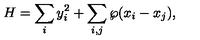
H = \sum _ { i } y _ { i } ^ { 2 } + \sum _ { i , j } \wp ( x _ { i } - x _ { j } ) ,